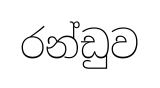
රන්ඩුව